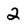
Character: 2